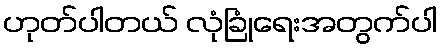
ဟုတ်ပါတယ် လုံခြုံရေးအတွက်ပါ